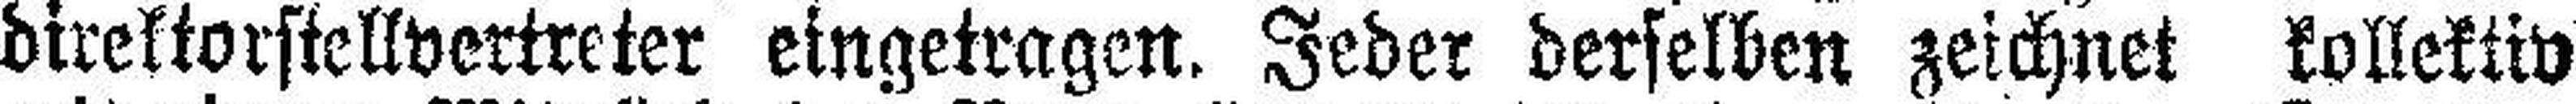
direktorstellvertreter eingetragen. Jeder derselben zeichnet kollektiv